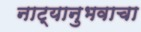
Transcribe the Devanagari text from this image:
नाट्यानुभवाचा